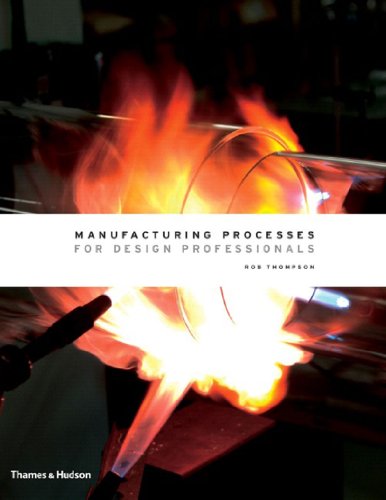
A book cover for Manufacturing Processes for Design Professionals; Rob Thompson; Engineering & Transportation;